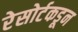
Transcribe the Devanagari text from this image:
रेसोर्टकडून